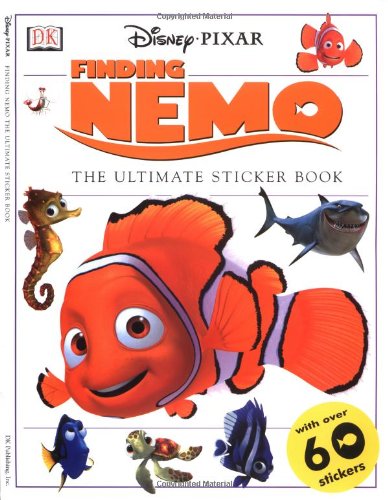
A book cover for Finding Nemo Sticker Book; DK Publishing; Children's Books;